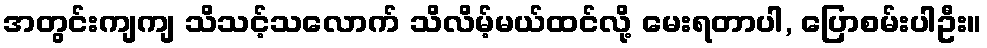
အတွင်းကျကျ သိသင့်သလောက် သိလိမ့်မယ်ထင်လို့ မေးရတာပါ, ပြောစမ်းပါဦး။